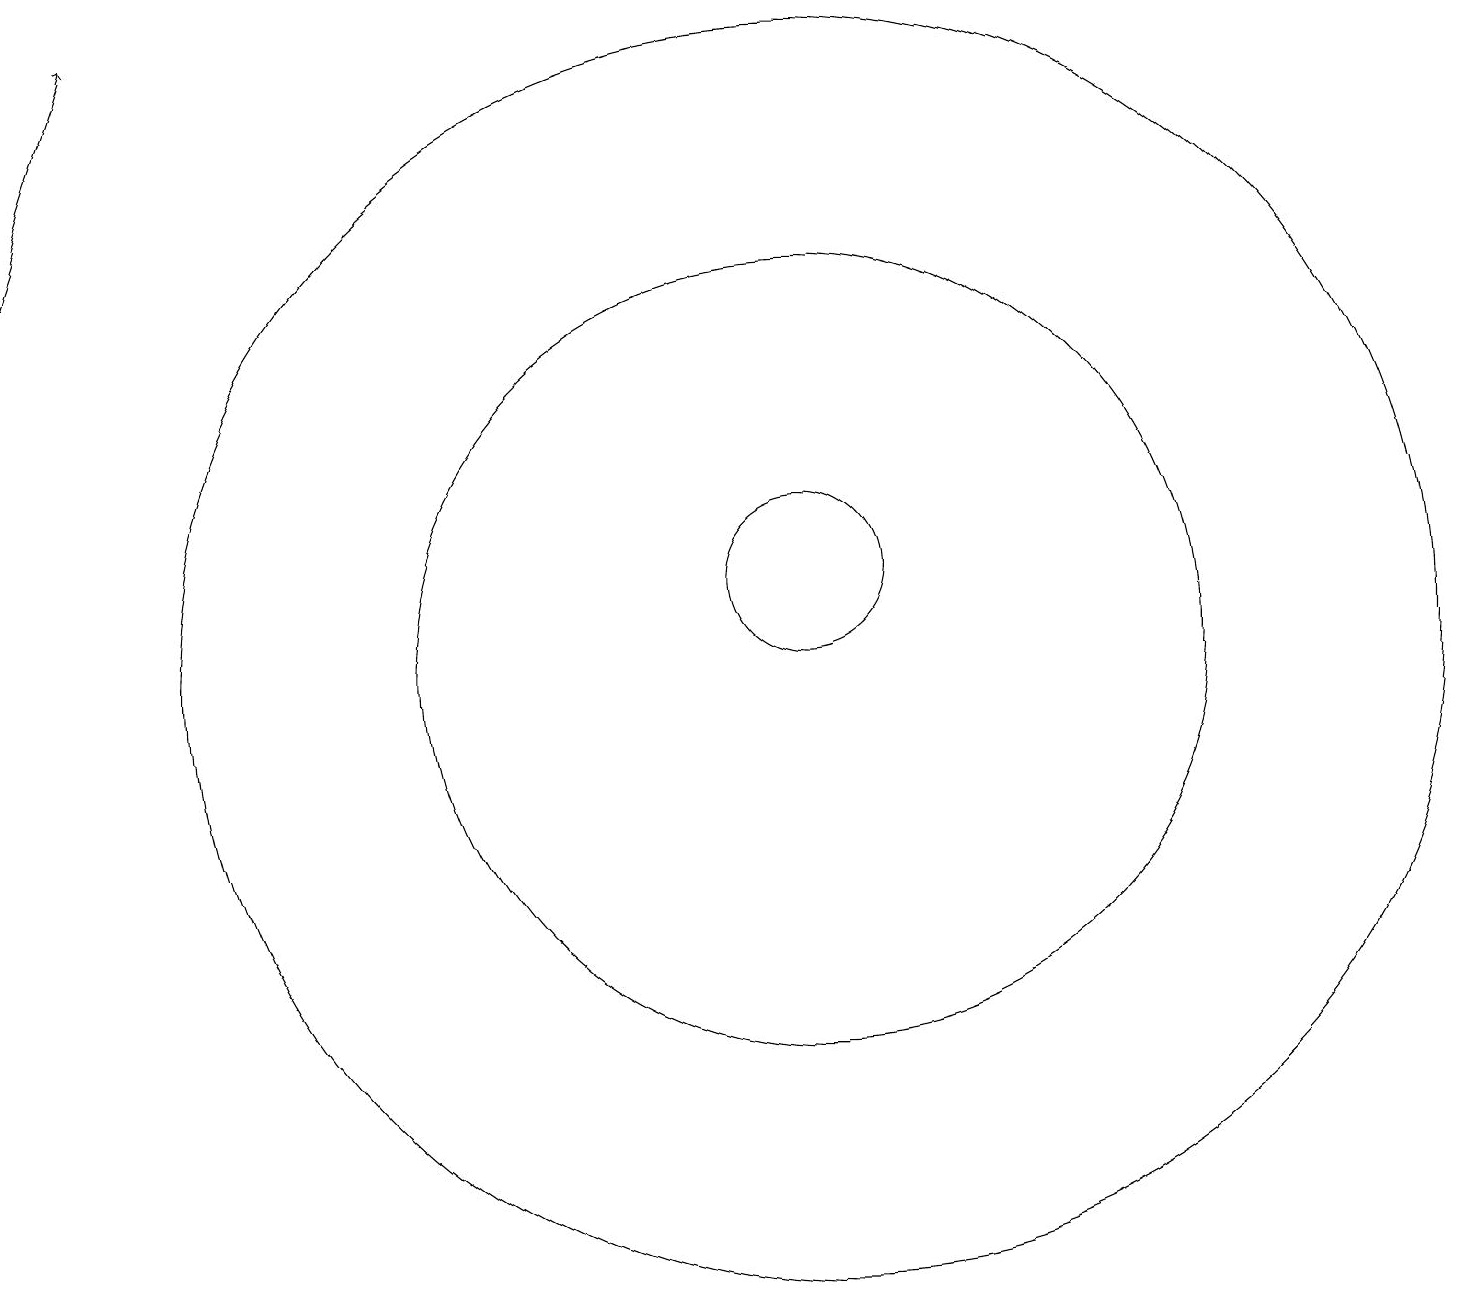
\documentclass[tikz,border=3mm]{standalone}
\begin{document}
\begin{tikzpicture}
\draw (10,11) circle (1);
\draw[->] (0,15) -- (1,18);
\draw (10,10) circle (5);
\draw (10,10) circle (8);
\draw (11,11) circle (0);
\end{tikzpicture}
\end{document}